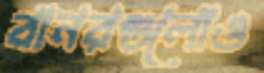
বানরগুলোও